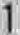
1